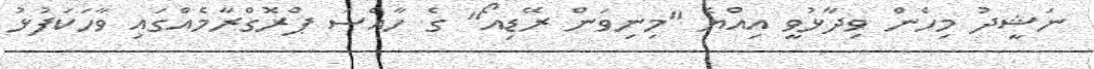
ނަޝީދު މިހެން ވިދާޅުވީ އިއްޔެ "މިނިވަން ރޭޑިއޯ" ގެ ހާއްސަ ޕްރޮގްރާމެއްގައި ވާހަކަފުޅު